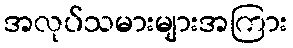
အလုပ်သမားများအကြား